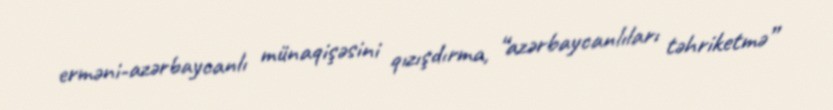
erməni-azərbaycanlı münaqişəsini qızışdırma, “azərbaycanlıları təhriketmə”